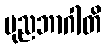
ပုညဘာဂါတိ